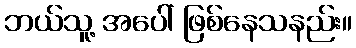
ဘယ်သူ့ အပေါ် ဖြစ်နေသနည်း။